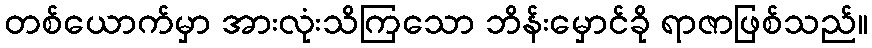
တစ်ယောက်မှာ အားလုံးသိကြသော ဘိန်းမှောင်ခို ရာဇာဖြစ်သည်။